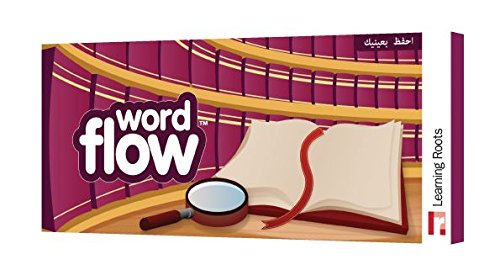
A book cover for Word Flow; Zaheer Khatri; Children's Books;